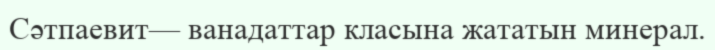
Сәтпаевит— ванадаттар класына жататын минерал.